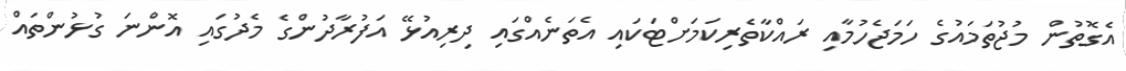
އެގޮތުން މުޖުތަމައުގެ ހަމަޖެހުމާއި ރައްކާތެރިކަމަށްޓަކައި އެތަނެއްގައި ދިރިއުޅޭ އަފުރާދުންގެ މެދުގައި އޮންނަ ގުޅުންތައް